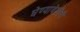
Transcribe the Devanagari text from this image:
घेण्यावेळीची